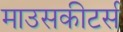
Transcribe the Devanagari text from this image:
माउसकीटर्स